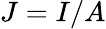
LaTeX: J=I/A